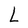
Character: L